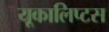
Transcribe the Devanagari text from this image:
यूकालिप्टस